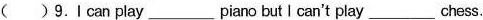
( )9.I can play___piano but I can't play ___chess.